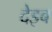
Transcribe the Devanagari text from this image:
देइब